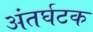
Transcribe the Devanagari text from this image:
अंतर्घटक